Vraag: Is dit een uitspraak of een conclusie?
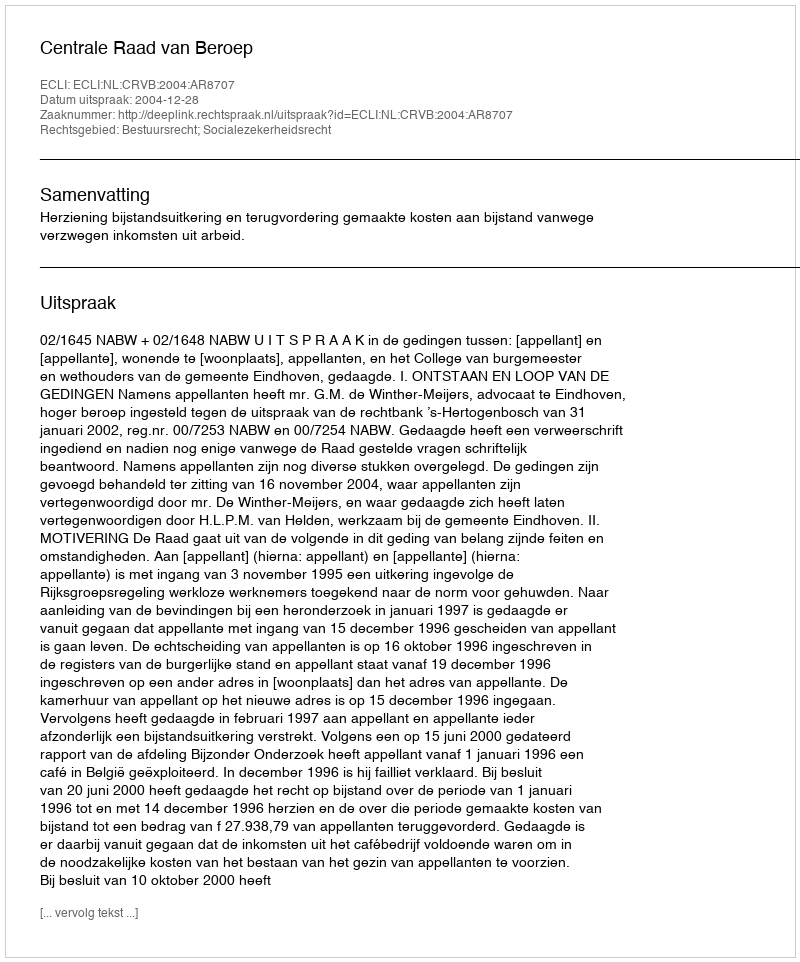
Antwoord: Uitspraak